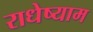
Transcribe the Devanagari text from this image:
राधेष्याम